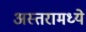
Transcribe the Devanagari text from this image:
अस्तरामध्ये